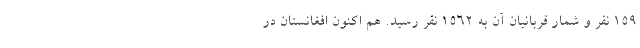
۱۵۹ نفر و شمار قربانیان آن به ۱۵۶۲ نفر رسید. هم اکنون افغانستان در